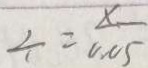
\div = \frac { x } { 0 . 0 5 }